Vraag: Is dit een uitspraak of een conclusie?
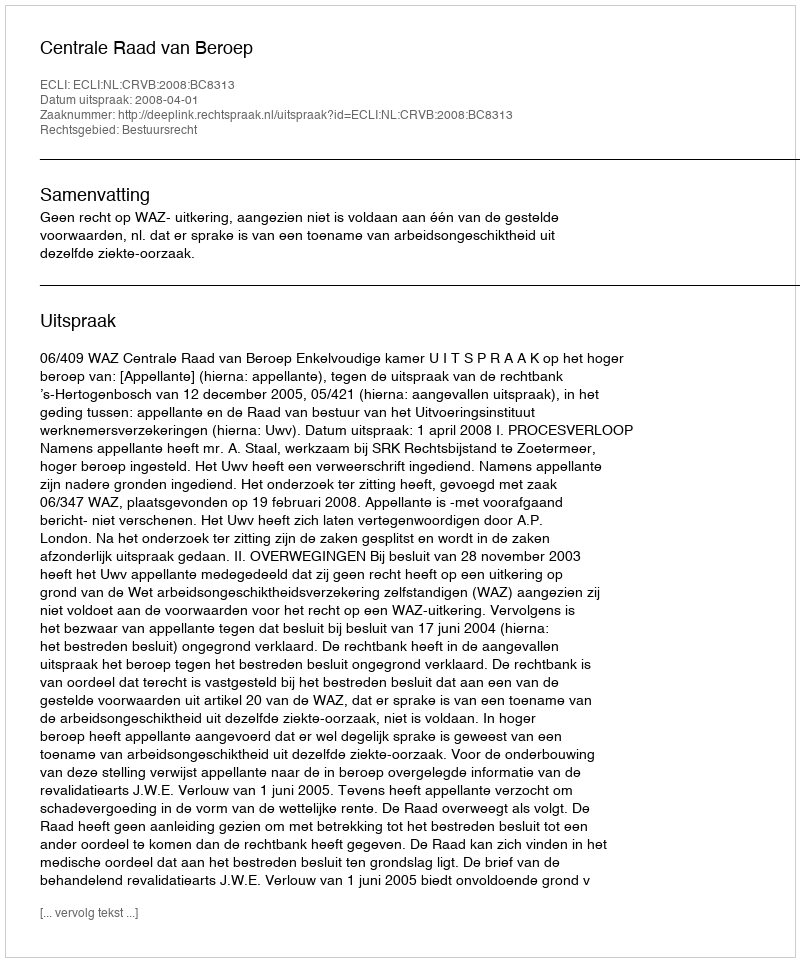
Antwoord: Uitspraak